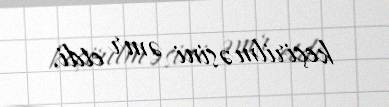
keçirilməsini əmr etdi.